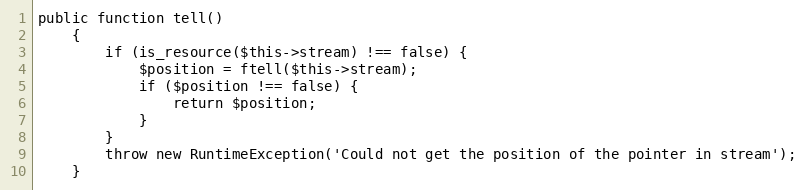
Language: PHP
public function tell()
    {
        if (is_resource($this->stream) !== false) {
            $position = ftell($this->stream);
            if ($position !== false) {
                return $position;
            }
        }
        throw new RuntimeException('Could not get the position of the pointer in stream');
    }